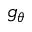
g _ { \theta }